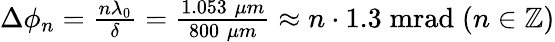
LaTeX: \begin{array}{r}{\Delta\phi_{n}=\frac{n\lambda_{0}}{\delta}=\frac{1.053\; \mu m}{800\; \mu m}\approx n\cdot 1.3\; \mathrm{mrad}\; (n\in\mathbb{Z})}\end{array}